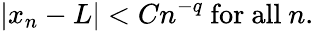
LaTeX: |x_{n}-L|<Cn^{-q}{\mathrm{~for~all~}}n.